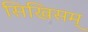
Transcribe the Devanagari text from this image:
सिखिसम्‍